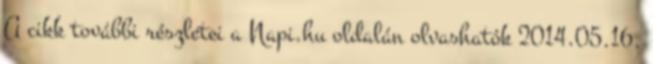
A cikk további részletei a Napi.hu oldalán olvashatók 2014.05.16.